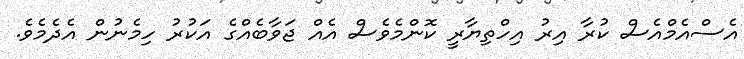
އެސްއެމްއެސް ކުރާ އިރު އިހްތިޔާރީ ކޮންމެވެސް އެއް ޖަވާބެއްގެ އަކުރު ހިމެނުން އެދެމެވެ.